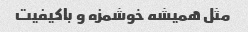
مثل همیشه خوشمزه و باکیفیت